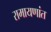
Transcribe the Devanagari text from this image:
रामायणांत